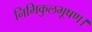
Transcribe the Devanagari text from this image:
निमिकुलभूषण।